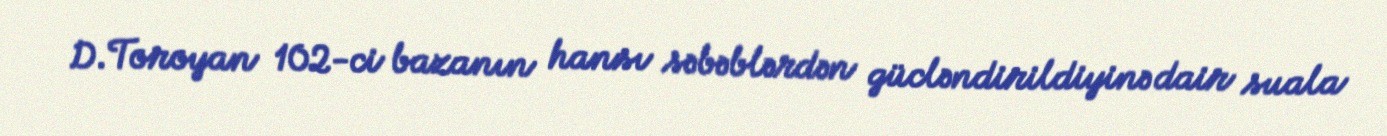
D.Toroyan 102-ci bazanın hansı səbəblərdən gücləndirildiyinə dair suala